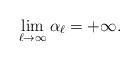
\begin{align*}\lim_{\ell \to \infty} \alpha_\ell = +\infty.\end{align*}